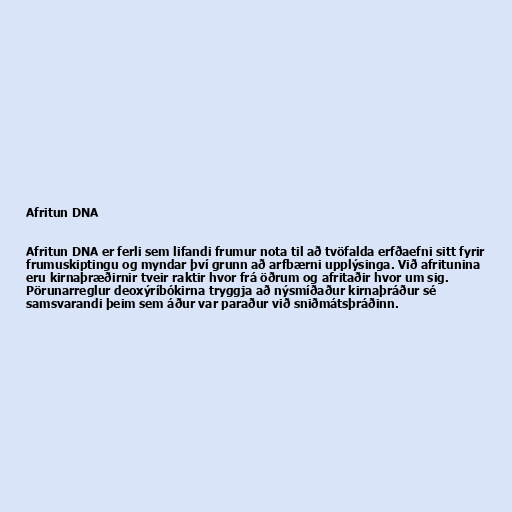
Afritun DNA

Afritun DNA er ferli sem lifandi frumur nota til að tvöfalda erfðaefni sitt fyrir
frumuskiptingu og myndar því grunn að arfbærni upplýsinga. Við afritunina
eru kirnaþræðirnir tveir raktir hvor frá öðrum og afritaðir hvor um sig.
Pörunarreglur deoxýríbókirna tryggja að nýsmíðaður kirnaþráður sé
samsvarandi þeim sem áður var paraður við sniðmátsþráðinn.